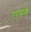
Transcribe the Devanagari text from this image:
एएसके